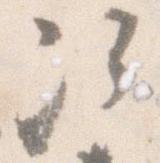
次